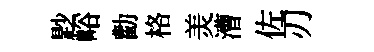
尟峪勸格羙漕佐刃